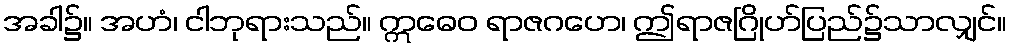
အခါ၌။ အဟံ၊ ငါဘုရားသည်။ ဣဓေဝ ရာဇဂဟေ၊ ဤရာဇဂြိုဟ်ပြည်၌သာလျှင်။